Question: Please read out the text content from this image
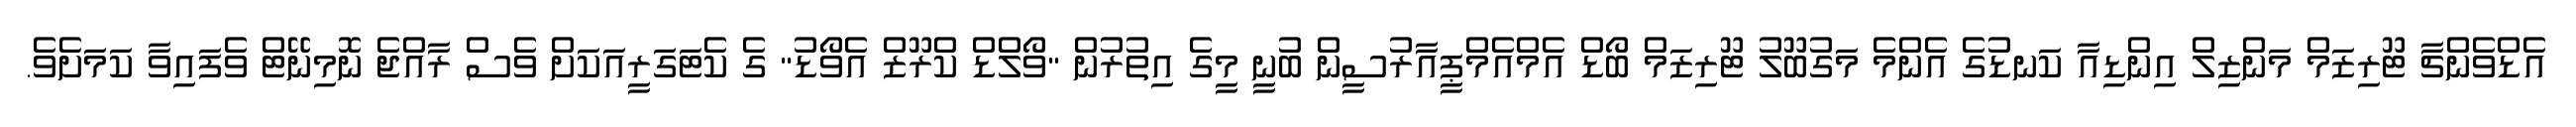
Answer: އެޑްވެންޗާ ޓޫރިޒަމް މަންޒިލް އިންޑިއާ ކަނޑުގެ އެންމެ މަގުބޫލު ޓޫރިޒަމް ބޯޑް އެމްއެމްޕީއާރުސީން ބުނީ މީގެ އިތުރުން "ވޯލްޑް ކްރޫޒް އެވޯޑު" ގެ ކެޓަގަރީއަކަށް ވެސް ރާއްޖެ ނޮމިނޭޓް ވެފައިވާ ކަމަށެވެ.